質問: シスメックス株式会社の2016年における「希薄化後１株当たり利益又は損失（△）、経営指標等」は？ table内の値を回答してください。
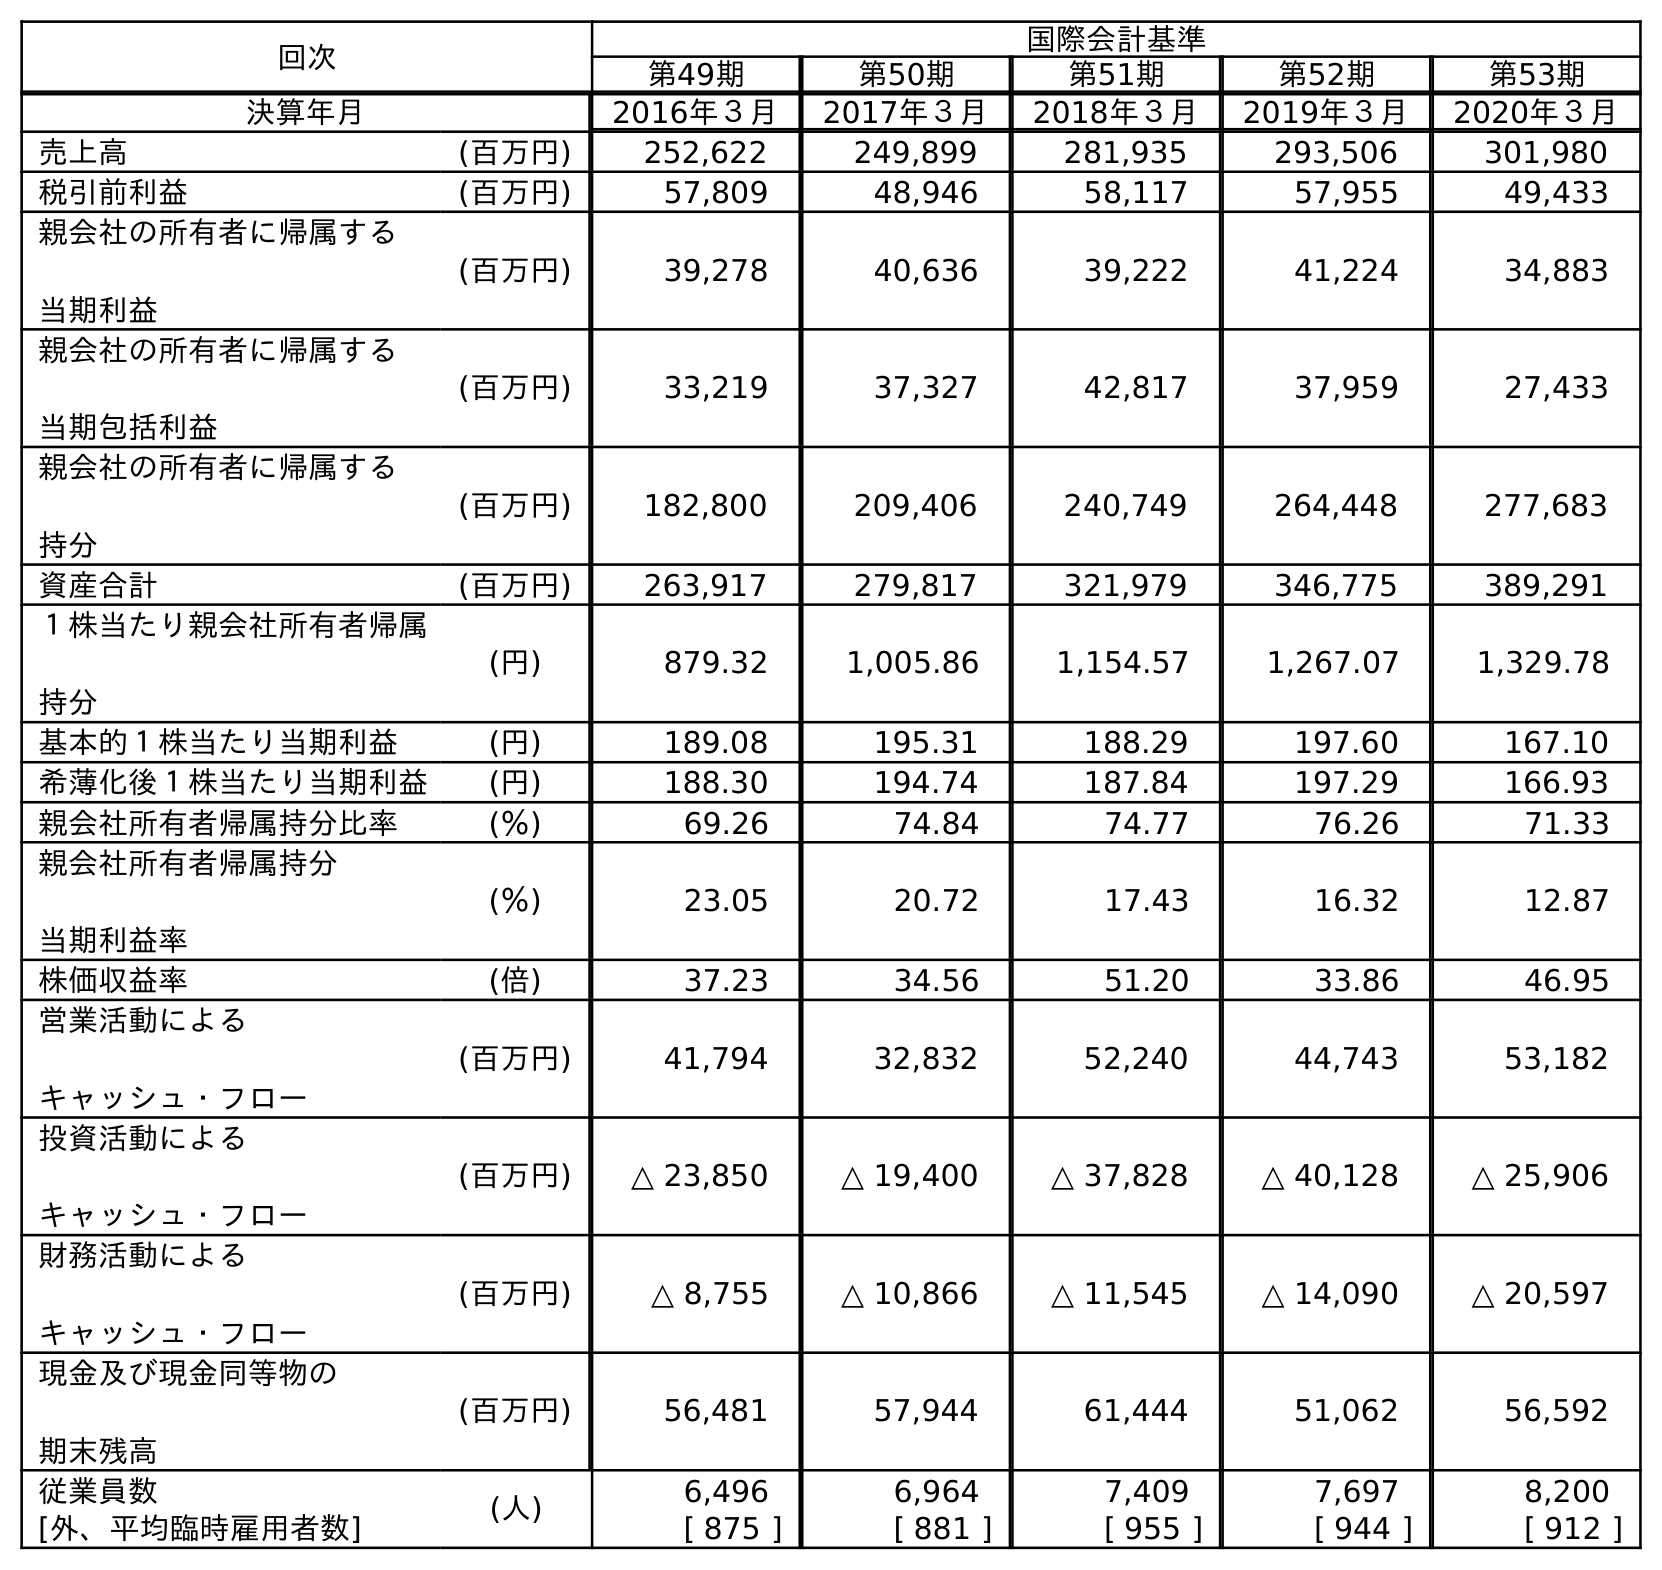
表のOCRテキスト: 回次 国際会計基準 第49期 第50期 第51期 第52期 第53期 決算年月 2016年３月 2017年３月 2018年３月 2019年３月 2020年３月 売上高 (百万円) 252,622 249,899 281,935 293,506 301,980 税引前利益 (百万円) 57,809 48,946 58,117 57,955 49,433 親会社の所有者に帰属する 当期利益 (百万円) 39,278 40,636 39,222 41,224 34,883 親会社の所有者に帰属する 当期包括利益 (百万円) 33,219 37,327 42,817 37,959 27,433 親会社の所有者に帰属する 持分 (百万円) 182,800 209,406 240,749 264,448 277,683 資産合計 (百万円) 263,917 279,817 321,979 346,775 389,291 １株当たり親会社所有者帰属 持分 (円) 879.32 1,005.86 1,154.57 1,267.07 1,329.78 基本的１株当たり当期利益 (円) 189.08 195.31 188.29 197.60 167.10 希薄化後１株当たり当期利益 (円) 188.30 194.74 187.84 197.29 166.93 親会社所有者帰属持分比率 (％) 69.26 74.84 74.77 76.26 71.33 親会社所有者帰属持分 当期利益率 (％) 23.05 20.72 17.43 16.32 12.87 株価収益率 (倍) 37.23 34.56 51.20 33.86 46.95 営業活動による キャッシュ・フロー (百万円) 41,794 32,832 52,240 44,743 53,182 投資活動による キャッシュ・フロー (百万円) △ 23,850 △ 19,400 △ 37,828 △ 40,128 △ 25,906 財務活動による キャッシュ・フロー (百万円) △ 8,755 △ 10,866 △ 11,545 △ 14,090 △ 20,597 現金及び現金同等物の 期末残高 (百万円) 56,481 57,944 61,444 51,062 56,592 従業員数 (人) 6,496 6,964 7,409 7,697 8,200 [外、平均臨時雇用者数] [ 875 ] [ 881 ] [ 955 ] [ 944 ] [ 912 ]
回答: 188.30